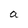
Character: a